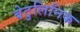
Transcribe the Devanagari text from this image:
बेटुलिनिक